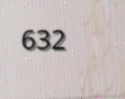
632